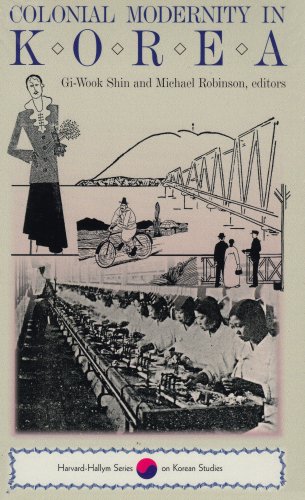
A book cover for Colonial Modernity in Korea; Daqing Yang; History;